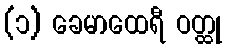
(၁) ခေမာထေရီ ဝတ္ထု